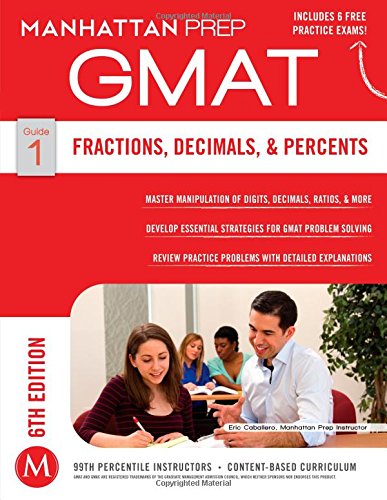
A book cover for GMAT Fractions, Decimals, & Percents (Manhattan Prep GMAT Strategy Guides); Manhattan Prep; Test Preparation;